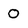
Character: O